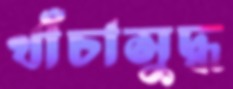
খাঁচাসুদ্ধ